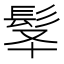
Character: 𩬋